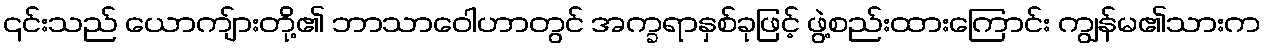
၎င်းသည် ယောကျ်ားတို့၏ ဘာသာဝေါဟာတွင် အက္ခရာနှစ်ခုဖြင့် ဖွဲ့စည်းထားကြောင်း ကျွန်မ၏သားက